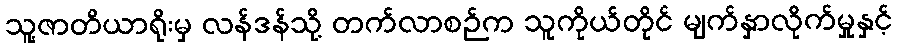
သူ့ဇာတိယာရိုးမှ လန်ဒန်သို့ တက်လာစဉ်က သူကိုယ်တိုင် မျက်နှာလိုက်မှုနှင့်